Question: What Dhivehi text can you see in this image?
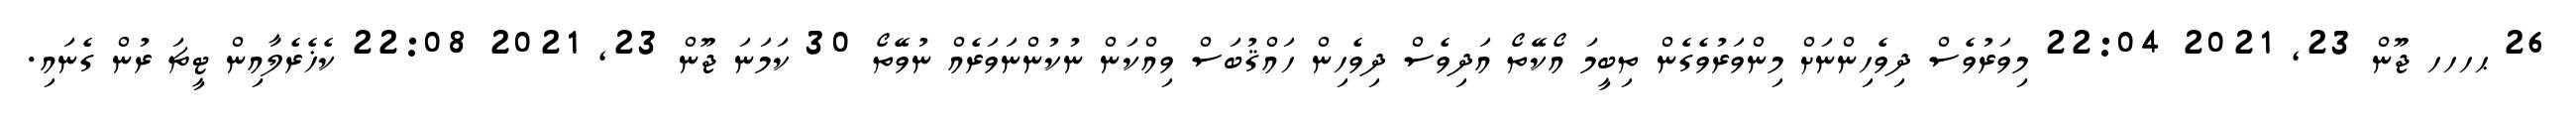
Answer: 26 ޙހހހ ޖޫން 23, 2021 22:04 މިވަރުވެސް ދިވެހިންނަށް މިންވަރުވެގެން ތިބީމަ އޯކޭތޯ އަދިވެސް ދިވެހިން ހައްޤުބަސް ވިއްކަން ނުކުންނަވަރެއް ނުވޭތޯ 30 ކަމަނަ ޖޫން 23, 2021 22:08 ކެޚެރެލާއިން ޓީޗަ ރުން ގެނައި.